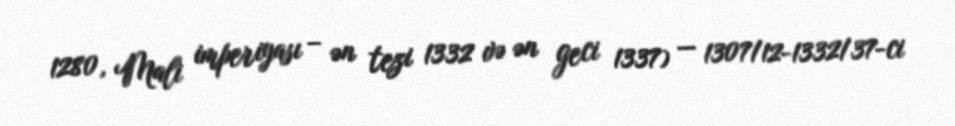
1280, Mali imperiyası – ən tezi 1332 və ən geci 1337) — 1307/12-1332/37-ci